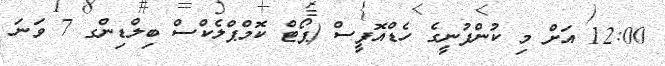
12:00 އަށް މި ކުންފުނީގެ ހެޑްއޮފީސް (ޕޯޓް ކޮމްޕްލެކްސް ބިލްޑިންގ 7 ވަނަ